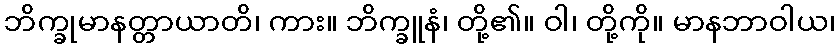
ဘိက္ခုမာနတ္တာယာတိ၊ ကား။ ဘိက္ခူနံ၊ တို့၏။ ဝါ၊ တို့ကို။ မာနဘာဝါယ၊